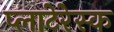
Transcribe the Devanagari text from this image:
प्लाटेरेस्क